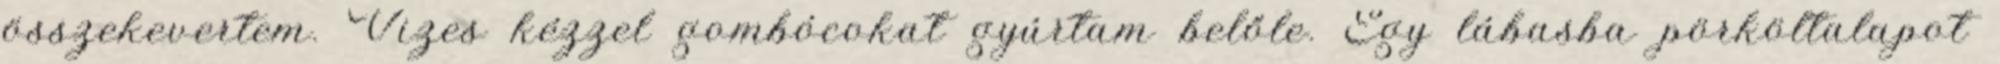
összekevertem. Vizes kézzel gombócokat gyúrtam belőle. Egy lábasba pörköltalapot